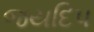
જયદિપ